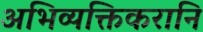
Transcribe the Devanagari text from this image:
अभिव्यक्तिकरानि